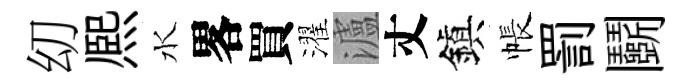
㓜熈水畧買濯瀘丈鎭帳罰鬬